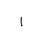
Letter: _alif